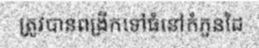
ត្រូវបានពង្រីកទៅធំនៅកំភួនដៃ